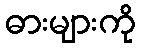
ဓားများကို